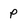
Character: P